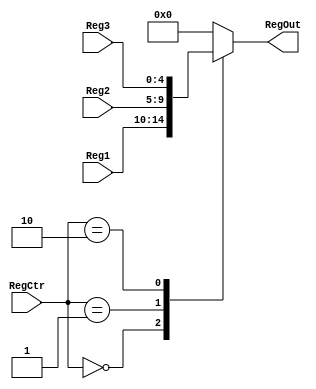
module Mux35(Reg1, Reg2, Reg3, RegCtr, RegOut);
    input[4:0] Reg1, Reg2, Reg3;
    input[1:0] RegCtr;
    output reg[4:0] RegOut;
    
    always @(*)begin
    
        case (RegCtr[1:0])
            2'b00: RegOut = Reg1;
            2'b01: RegOut = Reg2;
            2'b10: RegOut = Reg3;
            default: RegOut = 5'b00000;
        endcase
        
    end
    
endmodule